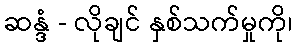
ဆန္ဒံ - လိုချင် နှစ်သက်မှုကို၊